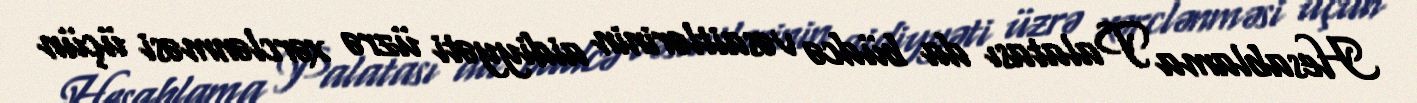
Hesablama Palatası da büdcə vəsaitlərinin aidiyyəti üzrə xərclənməsi üçün